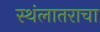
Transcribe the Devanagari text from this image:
स्थंलातराचा